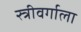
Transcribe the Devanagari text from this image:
स्त्रीवर्गाला